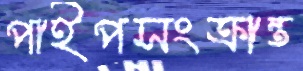
পাইপসংক্রান্ত